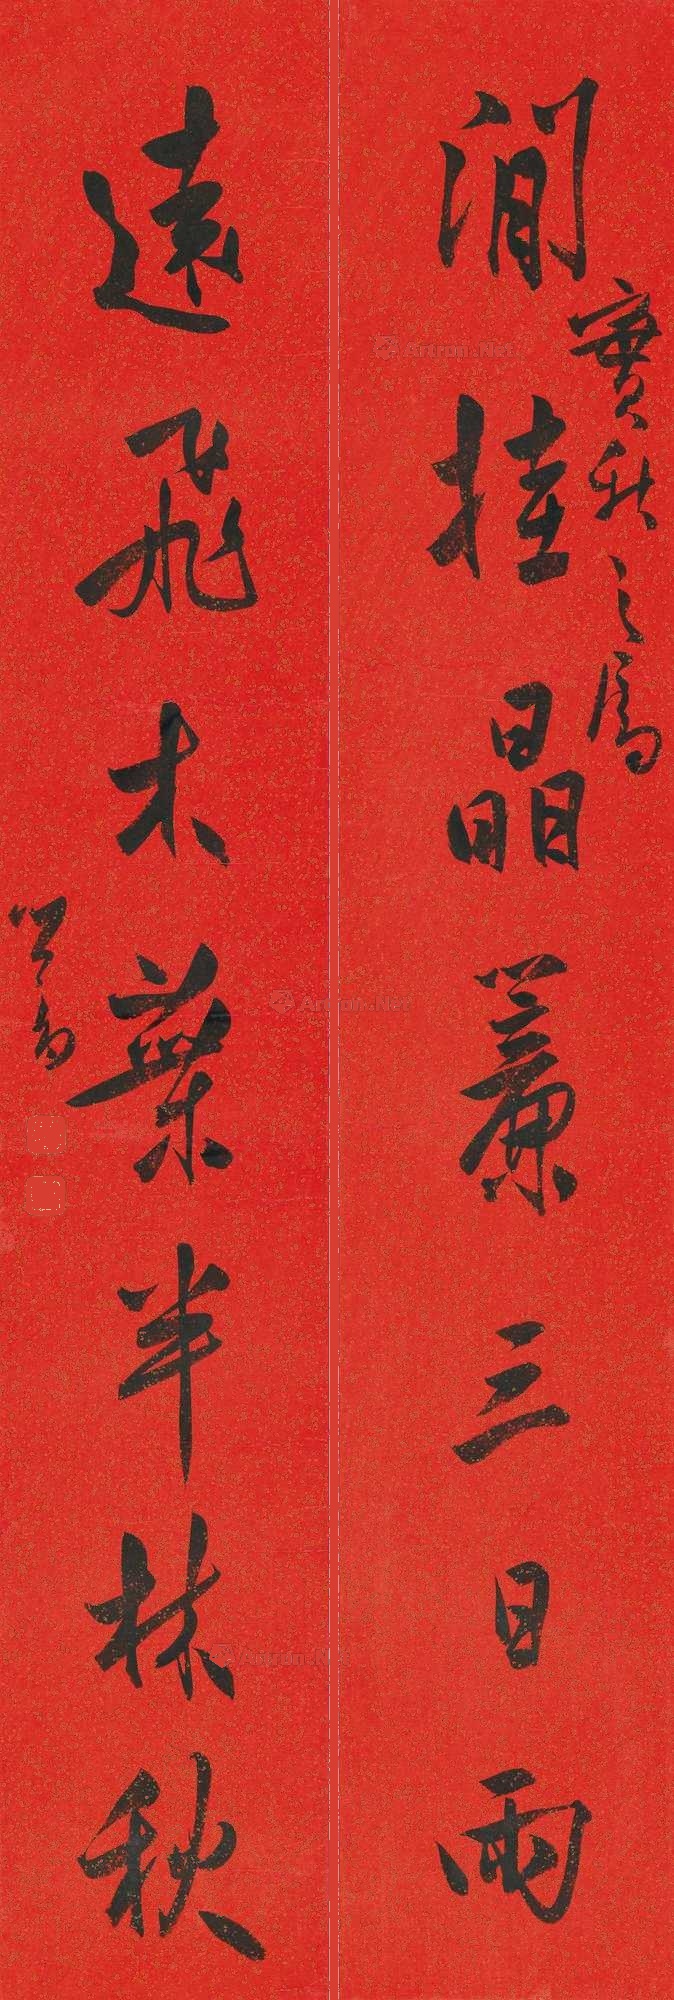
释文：闲挂晶帘三日雨，远飞木叶半林秋。实秋之属，心畬。